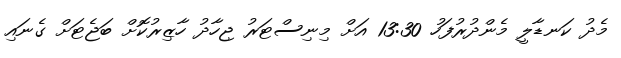
މެދު ކަނޑާލީ މެންދުރުފަހު 13:30 އަށް މިނިސްޓަރު ޖިހާދު ހާޒިރުކޮށް ބަޖެޓަށް ގެނައި